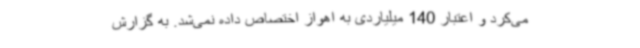
می‌کرد و اعتبار 140 میلیاردی به اهواز اختصاص داده نمی‌شد. به گزارش